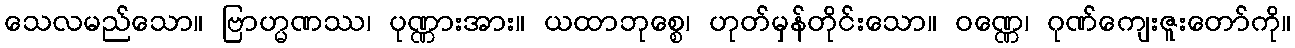
သေလမည်သော။ ဗြာဟ္မဏဿ၊ ပုဏ္ဏားအား။ ယထာဘုစ္စေ၊ ဟုတ်မှန်တိုင်းသော။ ဝဏ္ဏေ၊ ဂုဏ်ကျေးဇူးတော်ကို။